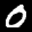
Label: 0